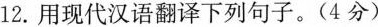
12. 用现代汉语翻译下列句子。( 4分 )